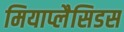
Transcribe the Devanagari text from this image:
मियाप्लैसिडस